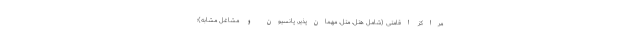
مراکز اقامتی (شامل هتل، متل، مهمان‌پذیر، پانسیون و مشاغل مشابه)؛